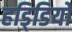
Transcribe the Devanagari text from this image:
हडि्डियों